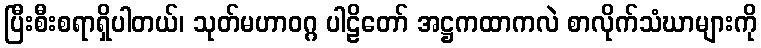
ပြီးစီးစရာရှိပါတယ်၊ သုတ်မဟာဝဂ္ဂ ပါဠိတော် အဋ္ဌကထာကလဲ စာလိုက်သံဃာများကို